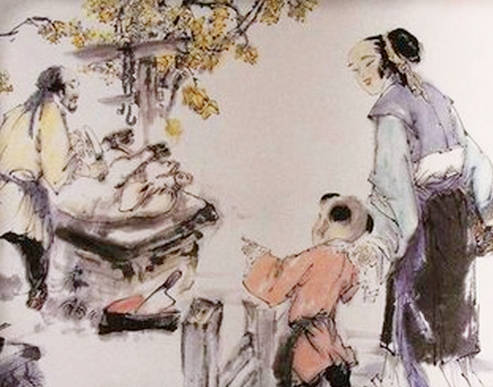
贤者以其昭昭，使人昭昭今以其昏昏，使人昭昭。